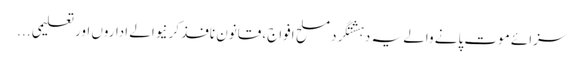
سزائے موت پانے والے یہ دہشتگرد مسلح افواج، قانون نافذ کرنیوالے اداروں اور تعلیمی ...